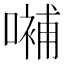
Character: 𡀨